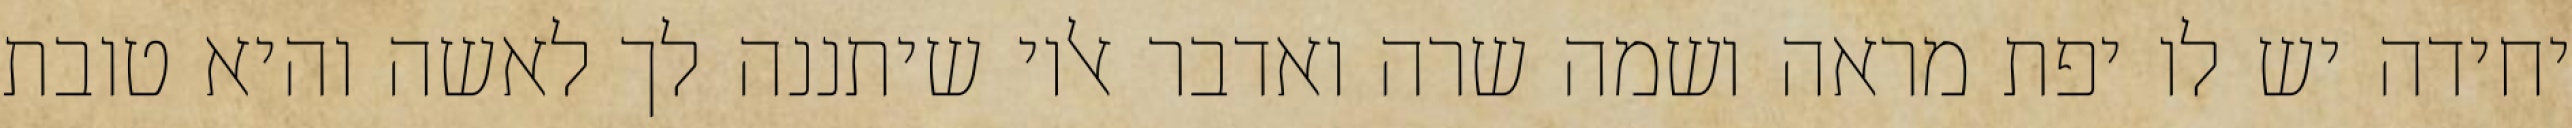
יחידה יש לו יפת מראה ושמה שרה ואדבר אליו שיתננה לך לאשה והיא טובת